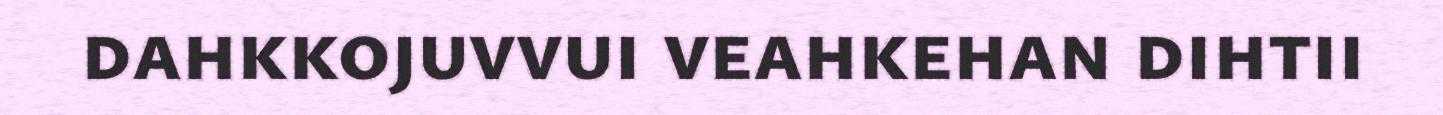
dahkkojuvvui veahkehan dihtii